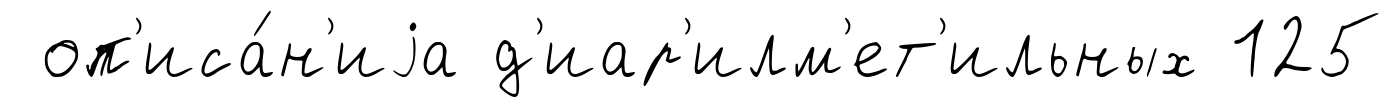
оп'иса́н'иjа д'иар'илм'ет'ильных 125